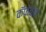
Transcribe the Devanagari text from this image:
कॅफेच्या